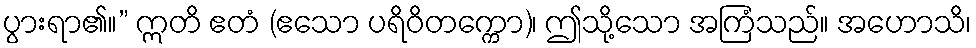
ပွားရာ၏။” ဣတိ ဧတံ (ဧသော ပရိဝိတက္ကော)၊ ဤသို့သော အကြံသည်။ အဟောသိ၊